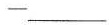
-\underline